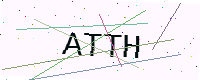
Text: ATTH